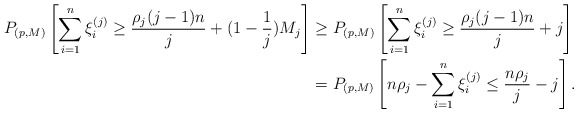
\begin{align*} P_{(p,M)}\left[\sum_{i=1}^{n}\xi_{i}^{(j)}\geq \frac{\rho_j (j-1)n}{j} +(1-\frac{1}{j})M_j\right] & \geq P_{(p,M)}\left[\sum_{i=1}^{n}\xi_{i}^{(j)}\geq \frac{\rho_j (j-1)n}{j} +j\right]\\ & = P_{(p,M)}\left[n\rho_j - \sum_{i=1}^{n}\xi_{i}^{(j)}\leq \frac{n\rho_j}{j}-j\right]. \end{align*}